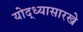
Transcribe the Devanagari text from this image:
योद्ध्यासारखे